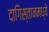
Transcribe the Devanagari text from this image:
दागिस्तानमध्ये